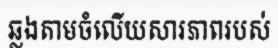
ឆ្លងតាមចំលើយសារភាពរបស់